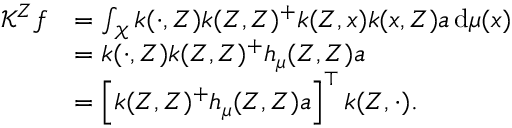
\begin{array} { r l } { \mathcal { K } ^ { Z } f } & { = \int _ { \mathcal { X } } k ( \cdot , Z ) k ( Z , Z ) ^ { + } k ( Z , x ) k ( x , Z ) a \, \mathrm { d } \mu ( x ) } \\ & { = k ( \cdot , Z ) k ( Z , Z ) ^ { + } h _ { \mu } ( Z , Z ) a } \\ & { = \left[ k ( Z , Z ) ^ { + } h _ { \mu } ( Z , Z ) a \right] ^ { \top } k ( Z , \cdot ) . } \end{array}